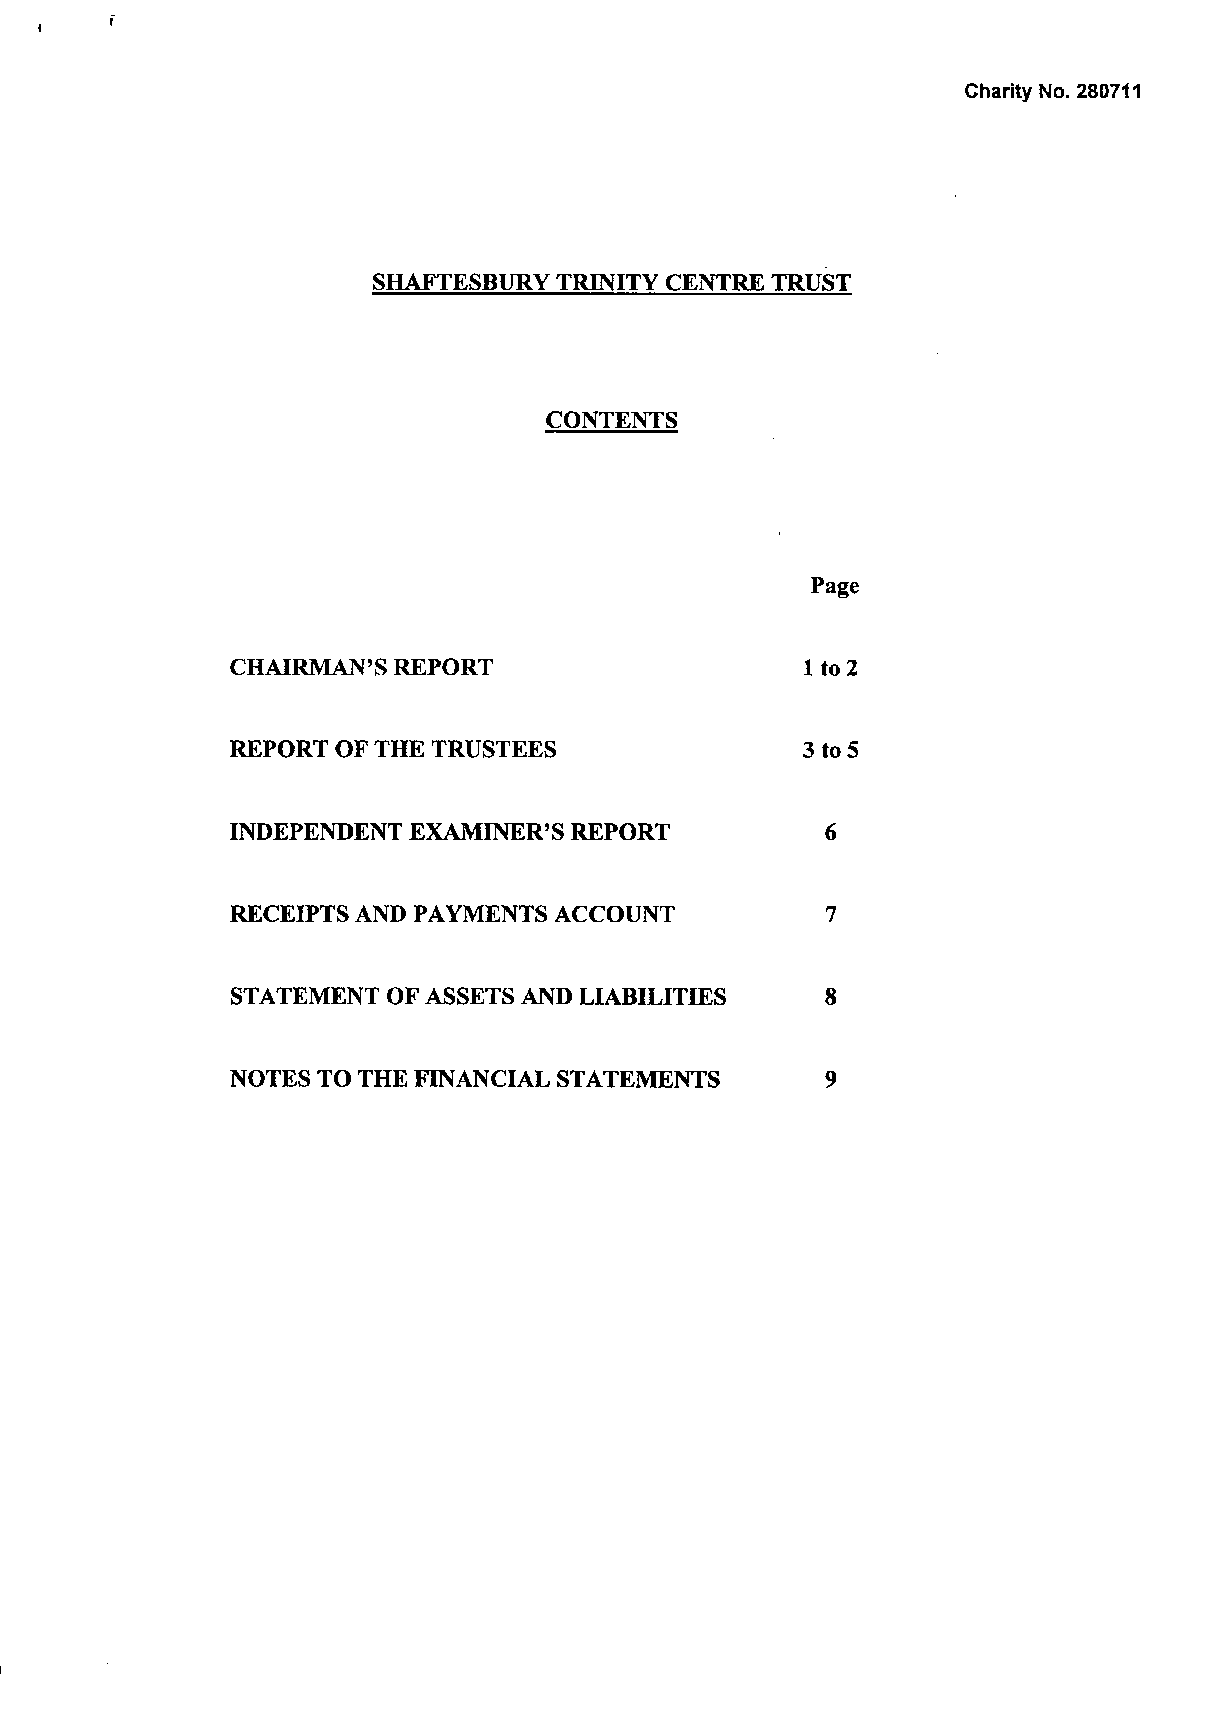
SHAFTESBURY TRINITY CENTRE TRUST
 CONTENTS
 Page
 CHAIRMAN'S REPORT                     1 to 2
 REPORT OF THE TRUSTEES                3 to 5
 INDEPENDENT EXAMINER'S REPORT           6
 RECEIPTS AND PAYMENTS ACCOUNT           7
 STATEMENT  OF ASSETS AND LIABILITIES    8
 NOTES TO THE FINANCIAL STATEMENTS      9